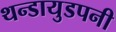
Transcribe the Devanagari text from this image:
थन्डायुडपनी